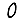
Digit: 0